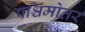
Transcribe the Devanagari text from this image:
पश्चिमोतर